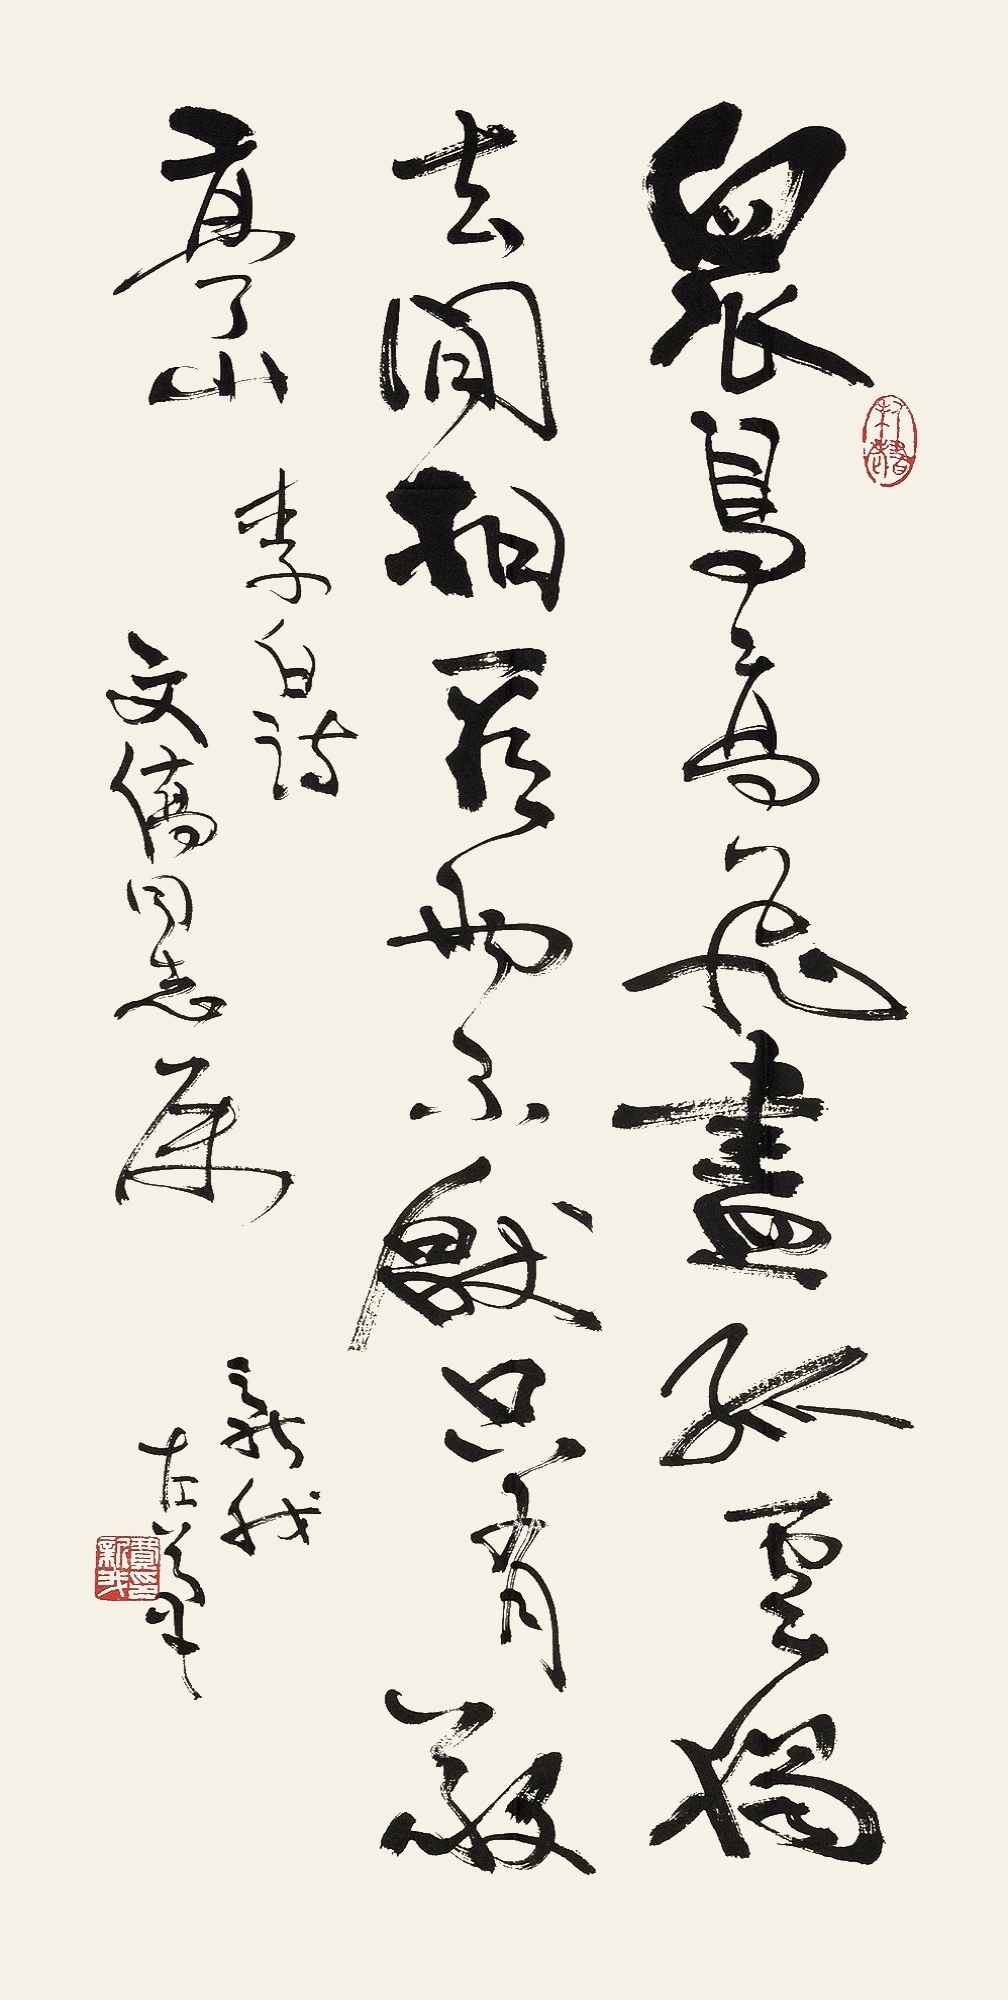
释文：众鸟高飞尽，孤云独去闲。相看两不忘，只有敬亭山。李白诗。文侨同志属。新我左笔。